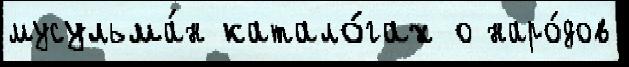
мусульма́н катало́гах о наро́дов